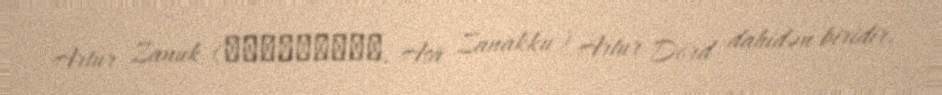
Artur Zanuk (アーサー･ザナック, Āsā Zanakku) Artur Dörd dahidən biridir.